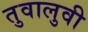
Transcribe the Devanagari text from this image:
तुवालुवी